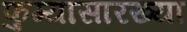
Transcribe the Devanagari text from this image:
फुग्यासारख्या